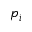
p _ { i }